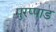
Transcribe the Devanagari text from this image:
पुरप्पाड